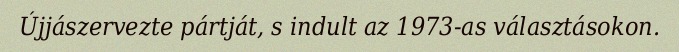
Újjászervezte pártját, s indult az 1973-as választásokon.